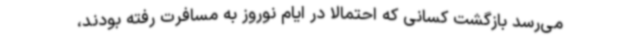
می‌رسد بازگشت کسانی که احتمالا در ایام نوروز به مسافرت رفته بودند،